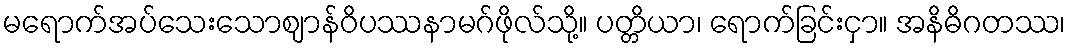
မရောက်အပ်သေးသောဈာန်ဝိပဿနာမဂ်ဖိုလ်သို့။ ပတ္တိယာ၊ ရောက်ခြင်းငှာ။ အနိဓိဂတဿ၊